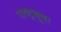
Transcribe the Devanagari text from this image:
राष्ट्रभूषा